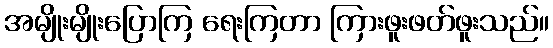
အမျိုးမျိုးပြောကြ ရေးကြတာ ကြားဖူးဖတ်ဖူးသည်။